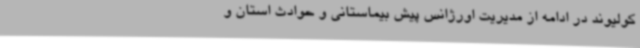
کولیوند در ادامه از مدیریت اورژانس پیش بیماستانی و حوادث استان و